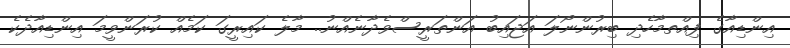
އިންޑިއާގެ ފިއްތމާހެދި ބިރުންނޯލަ އަޖައިބު އަންތަރީސްވެދާނެއްނު.. މާލެ ކައިރީގަ ކަމެއް ކުރަންވީމަ އިންޑިއާދެކެ